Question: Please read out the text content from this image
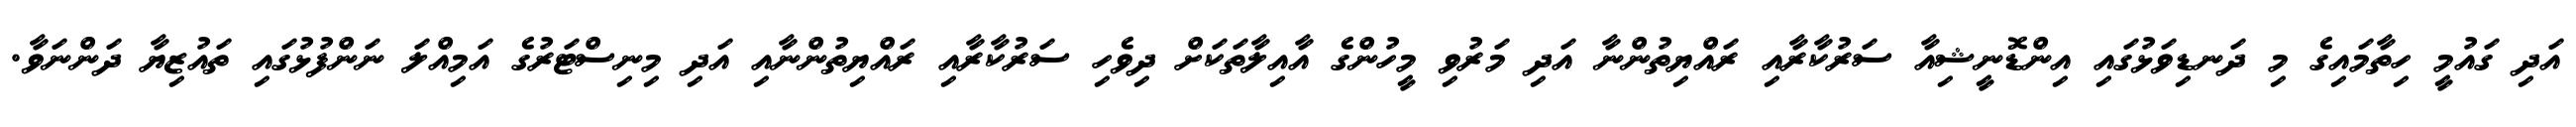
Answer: އަދި ގައުމީ ހިތާމައިގެ މި ދަނޑިވަޅުގައި އިންޑޮނީޝިއާ ސަރުކާރާއި ރައްޔިތުންނާ އަދި މަރުވި މީހުންގެ އާއިލާތަކަށް ދިވެހި ސަރުކާރާއި ރައްޔިތުންނާއި އަދި މިނިސްޓަރުގެ އަމިއްލަ ނަންފުޅުގައި ތައުޒިޔާ ދަންނަވާ.